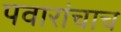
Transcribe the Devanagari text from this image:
पवारांचाच